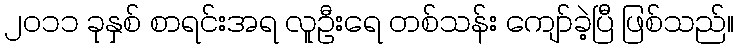
၂၀၁၁ ခုနှစ် စာရင်းအရ လူဦးရေ တစ်သန်း ကျော်ခဲ့ပြီ ဖြစ်သည်။